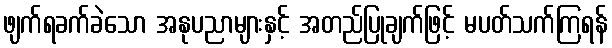
ဖျက်ရခက်ခဲသော အနုပညာများနှင့် အတည်ပြုချက်ဖြင့် မပတ်သက်ကြရန်